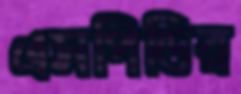
এসপিডির